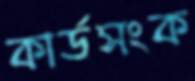
কার্ডসংক